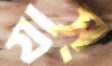
যাস্